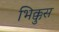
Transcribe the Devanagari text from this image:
भिक्कुस